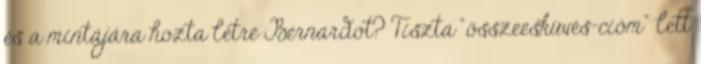
és a mintájára hozta létre Bernardot? Tiszta “összeesküvés-cióm” lett